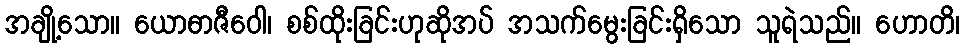
အချို့သော။ ယောဓာဇီဝေါ၊ စစ်ထိုးခြင်းဟုဆိုအပ် အသက်မွေးခြင်းရှိသော သူရဲသည်။ ဟောတိ၊